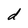
Character: d